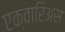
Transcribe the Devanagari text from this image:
एक्वारिअस